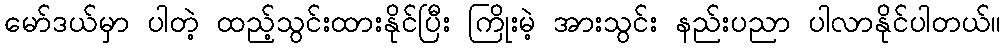
မော်ဒယ်မှာ ပါတဲ့ ထည့်သွင်းထားနိုင်ပြီး ကြိုးမဲ့ အားသွင်း နည်းပညာ ပါလာနိုင်ပါတယ်။